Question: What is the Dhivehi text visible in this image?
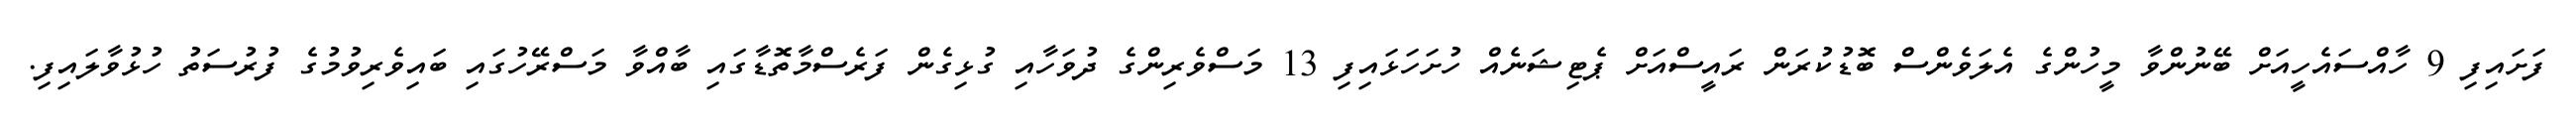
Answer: ފަށައިފި 9 ހާއްސައެހީއަށް ބޭނުންވާ މީހުންގެ އެލަވެންސް ބޮޑުކުރަން ރައީސްއަށް ޕެޓިޝަނެއް ހުށަހަޅައިފި 13 މަސްވެރިންގެ ދުވަހާއި ގުޅިގެން ފަރެސްމާތޮޑާގައި ބާއްވާ މަސްރޭހުގައި ބައިވެރިވުމުގެ ފުރުސަތު ހުޅުވާލައިފި.